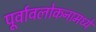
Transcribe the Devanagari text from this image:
पूर्वावलोकनामध्ये